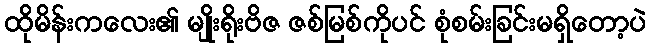
ထိုမိန်းကလေး၏ မျိုးရိုးဗိဇ ဇစ်မြစ်ကိုပင် စုံစမ်းခြင်းမရှိတော့ပဲ